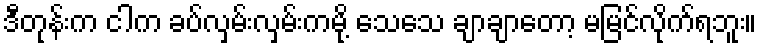
ဒီတုန်းက ငါက ခပ်လှမ်းလှမ်းကမို့ သေသေ ချာချာတော့ မမြင်လိုက်ရဘူး။